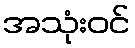
အသုံးဝင်